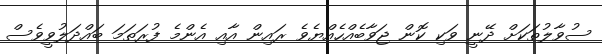
ސުވާލުތަކަށް ދޭނީ ވަކި ކޮން ޖަވާބެއްހެއްޔެވެ ރައިން އާއި އެންމެ ފުރަތަމަ ބައްދަލުވީވެސް